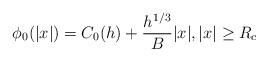
LaTeX: \begin{align*} \phi_0(|x|) = C_0(h) + \frac{h^{1/3}}{B}|x|, |x|\geq R_c\end{align*}